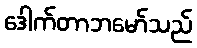
ဒေါက်တာဘမော်သည်